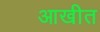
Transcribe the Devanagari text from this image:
आखीत